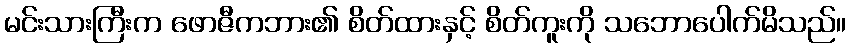
မင်းသားကြီးက ဖောဇီကဘား၏ စိတ်ထားနှင့် စိတ်ကူးကို သဘောပေါက်မိသည်။